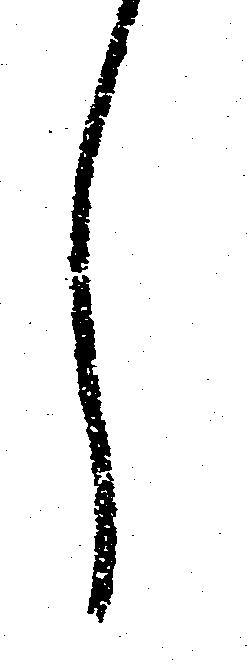
し